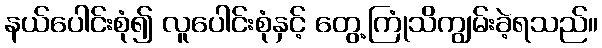
နယ်ပေါင်းစုံ၍ လူပေါင်းစုံနှင့် တွေ့ကြုံသိကျွမ်းခဲ့ရသည်။